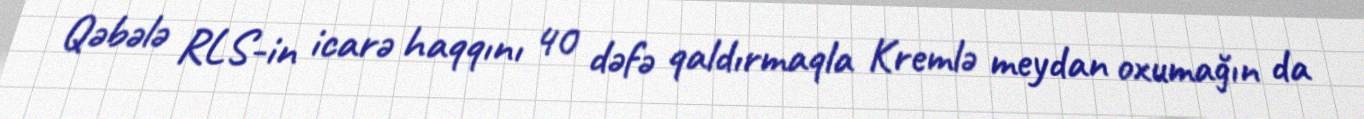
Qəbələ RLS-in icarə haqqını 40 dəfə qaldırmaqla Kremlə meydan oxumağın da